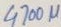
Text: 4700µ